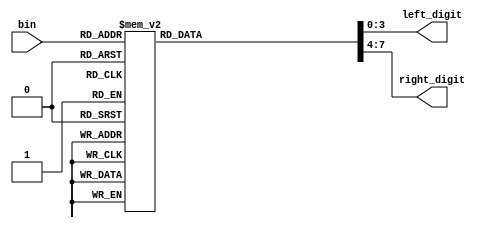
// Name file: bin_to_bcd
// Update date: 27/08/2023

module bin_to_bcd (
    input wire [5:0] bin,
    output reg [3:0] left_digit,
    output reg [3:0] right_digit
);

always @(bin)
begin
    case(bin)
        6'b000000: 
		begin
			left_digit  = 4'd0;
			right_digit = 4'd0;
		end
		6'b000001: 
		begin
			left_digit  = 4'd0;
			right_digit = 4'd1;
		end
		6'b000010: 
		begin
			left_digit  = 4'd0;
			right_digit = 4'd2;
		end
		6'b000011: 
		begin
			left_digit  = 4'd0;
			right_digit = 4'd3;
		end
		6'b000100: 
		begin
			left_digit  = 4'd0;
			right_digit = 4'd4;
		end
		6'b000101: 
		begin
			left_digit  = 4'd0;
			right_digit = 4'd5;
		end
		6'b000110: 
		begin
			left_digit  = 4'd0;
			right_digit = 4'd6;
		end
		6'b000111: 
		begin
			left_digit  = 4'd0;
			right_digit = 4'd7;
		end
		6'b001000: 
		begin
			left_digit  = 4'd0;
			right_digit = 4'd8;
		end
		6'b001001: 
		begin
			left_digit  = 4'd0;
			right_digit = 4'd9;
		end
		6'b001010: 
		begin
			left_digit  = 4'd1;
			right_digit = 4'd0;
		end
		6'b001011: 
		begin
			left_digit  = 4'd1;
			right_digit = 4'd1;
		end
		6'b001100: 
		begin
			left_digit  = 4'd1;
			right_digit = 4'd2;
		end
		6'b001101: 
		begin
			left_digit  = 4'd1;
			right_digit = 4'd3;
		end
		6'b001110: 
		begin
			left_digit  = 4'd1;
			right_digit = 4'd4;
		end
		6'b001111: 
		begin
			left_digit  = 4'd1;
			right_digit = 4'd5;
		end
		6'b010000: 
		begin
			left_digit  = 4'd1;
			right_digit = 4'd6;
		end
		6'b010001: 
		begin
			left_digit  = 4'd1;
			right_digit = 4'd7;
		end
		6'b010010: 
		begin
			left_digit  = 4'd1;
			right_digit = 4'd8;
		end
		6'b010011: 
		begin
			left_digit  = 4'd1;
			right_digit = 4'd9;
		end
		6'b010100: 
		begin
			left_digit  = 4'd2;
			right_digit = 4'd0;
		end
		6'b010101: 
		begin
			left_digit  = 4'd2;
			right_digit = 4'd1;
		end
		6'b010110: 
		begin
			left_digit  = 4'd2;
			right_digit = 4'd2;
		end
		6'b010111: 
		begin
			left_digit  = 4'd2;
			right_digit = 4'd3;
		end
		6'b011000: 
		begin
			left_digit  = 4'd2;
			right_digit = 4'd4;
		end
		6'b011001: 
		begin
			left_digit  = 4'd2;
			right_digit = 4'd5;
		end
		6'b011010: 
		begin
			left_digit  = 4'd2;
			right_digit = 4'd6;
		end
		6'b011011: 
		begin
			left_digit  = 4'd2;
			right_digit = 4'd7;
		end
		6'b011100: 
		begin
			left_digit  = 4'd2;
			right_digit = 4'd8;
		end
		6'b011101: 
		begin
			left_digit  = 4'd2;
			right_digit = 4'd9;
		end
		6'b011110: 
		begin
			left_digit  = 4'd3;
			right_digit = 4'd0;
		end
		6'b011111: 
		begin
			left_digit  = 4'd3;
			right_digit = 4'd1;
		end
		6'b100000: 
		begin
			left_digit  = 4'd3;
			right_digit = 4'd2;
		end
		6'b100001: 
		begin
			left_digit  = 4'd3;
			right_digit = 4'd3;
		end
		6'b100010: 
		begin
			left_digit  = 4'd3;
			right_digit = 4'd4;
		end
		6'b100011: 
		begin
			left_digit  = 4'd3;
			right_digit = 4'd5;
		end
		6'b100100: 
		begin
			left_digit  = 4'd3;
			right_digit = 4'd6;
		end
		6'b100101: 
		begin
			left_digit  = 4'd3;
			right_digit = 4'd7;
		end
		6'b100110: 
		begin
			left_digit  = 4'd3;
			right_digit = 4'd8;
		end
		6'b100111: 
		begin
			left_digit  = 4'd3;
			right_digit = 4'd9;
		end
		6'b101000: 
		begin
			left_digit  = 4'd4;
			right_digit = 4'd0;
		end
		6'b101001: 
		begin
			left_digit  = 4'd4;
			right_digit = 4'd1;
		end
		6'b101010: 
		begin
			left_digit  = 4'd4;
			right_digit = 4'd2;
		end
		6'b101011: 
		begin
			left_digit  = 4'd4;
			right_digit = 4'd3;
		end
		6'b101100: 
		begin
			left_digit  = 4'd4;
			right_digit = 4'd4;
		end
		6'b101101: 
		begin
			left_digit  = 4'd4;
			right_digit = 4'd5;
		end
		6'b101110: 
		begin
			left_digit  = 4'd4;
			right_digit = 4'd6;
		end
		6'b101111: 
		begin
			left_digit  = 4'd4;
			right_digit = 4'd7;
		end
		6'b110000: 
		begin
			left_digit  = 4'd4;
			right_digit = 4'd8;
		end
		6'b110001: 
		begin
			left_digit  = 4'd4;
			right_digit = 4'd9;
		end
		6'b110010: 
		begin
			left_digit  = 4'd5;
			right_digit = 4'd0;
		end
		6'b110011: 
		begin
			left_digit  = 4'd5;
			right_digit = 4'd1;
		end
		6'b110100: 
		begin
			left_digit  = 4'd5;
			right_digit = 4'd2;
		end
		6'b110101: 
		begin
			left_digit  = 4'd5;
			right_digit = 4'd3;
		end
		6'b110110: 
		begin
			left_digit  = 4'd5;
			right_digit = 4'd4;
		end
		6'b110111: 
		begin
			left_digit  = 4'd5;
			right_digit = 4'd5;
		end
		6'b111000: 
		begin
			left_digit  = 4'd5;
			right_digit = 4'd6;
		end
		6'b111001: 
		begin
			left_digit  = 4'd5;
			right_digit = 4'd7;
		end
		6'b111010: 
		begin
			left_digit  = 4'd5;
			right_digit = 4'd8;
		end
		6'b111011: 
		begin
			left_digit  = 4'd5;
			right_digit = 4'd9;
		end
        default: 
		begin
			left_digit  = 4'dX;
			right_digit = 4'dX;
		end		
    endcase
end

endmodule